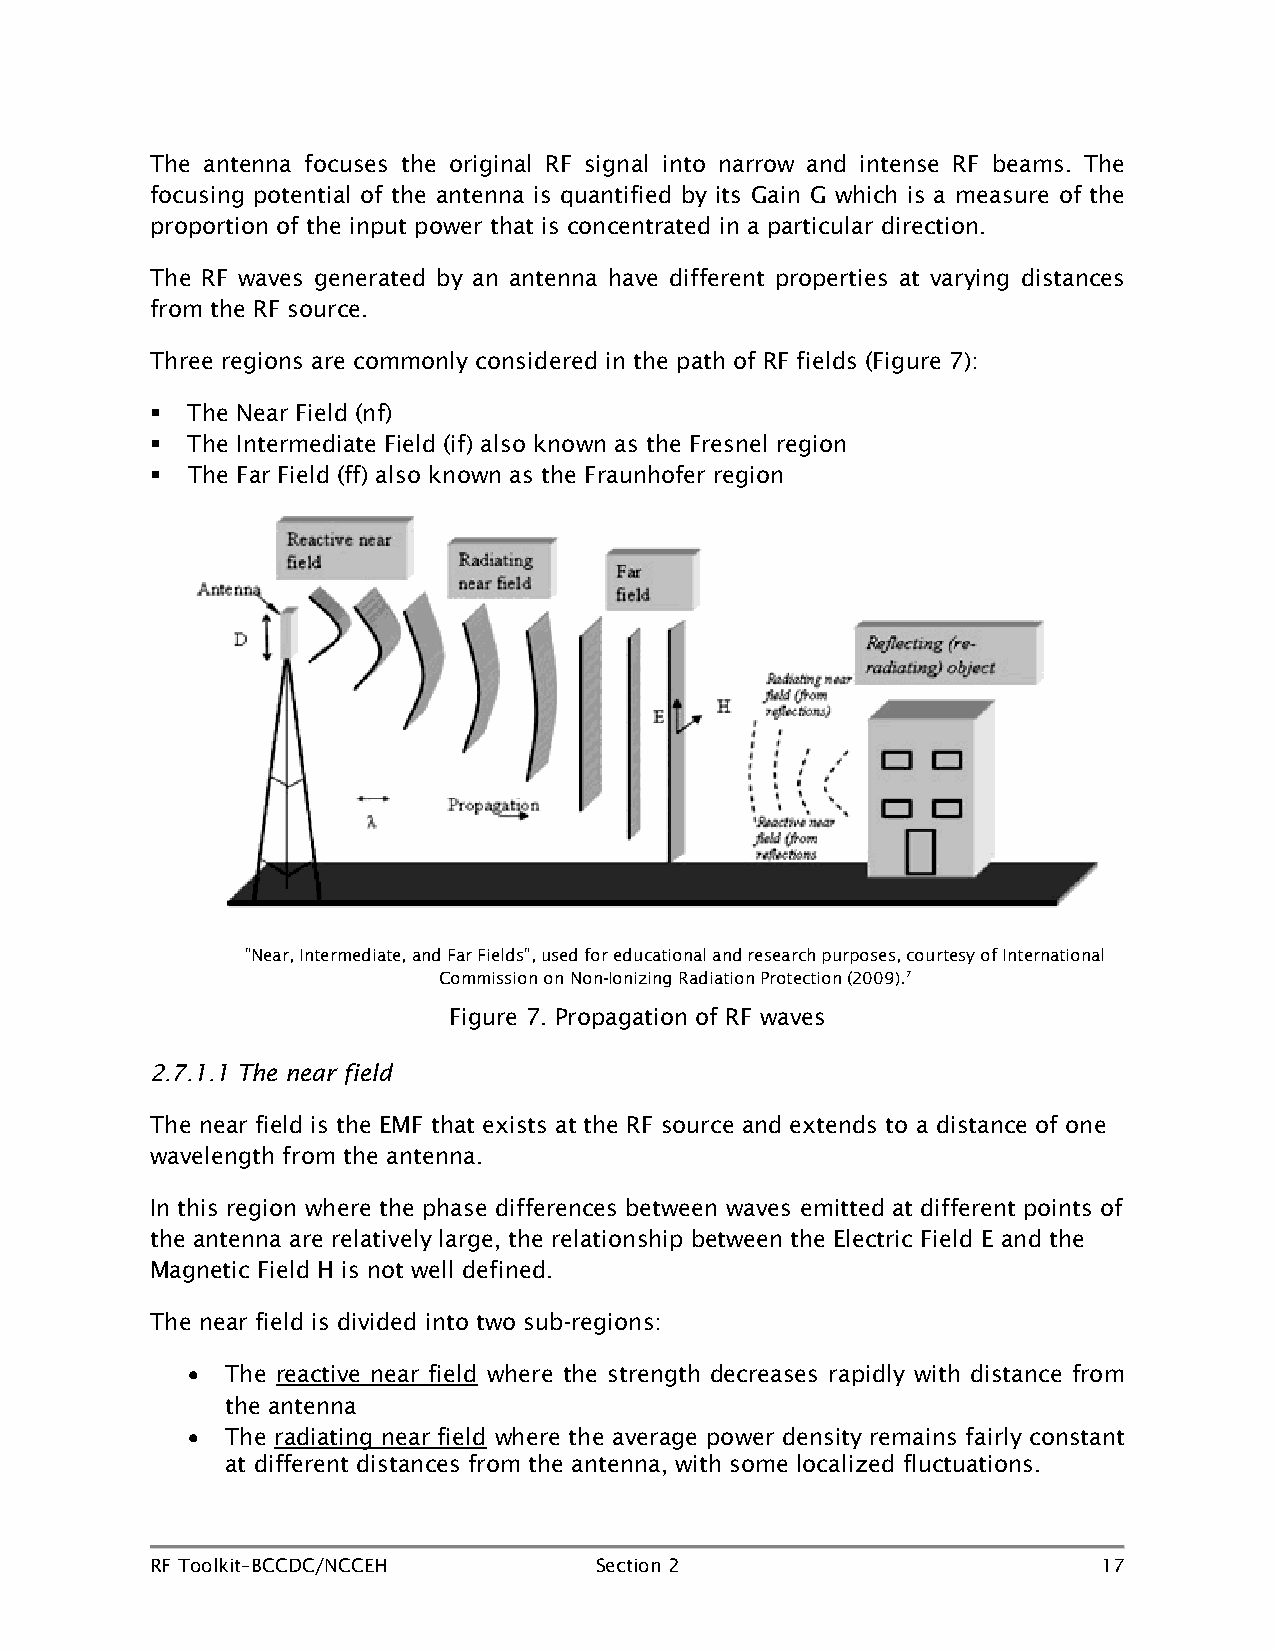
The antenna focuses the original RF signal into narrow and intense RF beams. The
 focusing potential of the antenna is quantified by its Gain G which is a measure of the
 proportion of the input power that is concentrated in a particular direction.
 The RF waves generated by an antenna have different properties at varying distances
 from the RF source.
 Three regions are commonly considered in the path of RF fields (Figure 7):
  The Near Field (nf)
  The Intermediate Field (if) also known as the Fresnel region
  The Far Field (ff) also known as the Fraunhofer region
 "Near, Intermediate, and Far Fields", used for educational and research purposes, courtesy of International
 Commission on Non-Ionizing Radiation Protection (2009).7
 Figure 7. Propagation of RF waves
 2.7.1.1 The near field
 The near field is the EMF that exists at the RF source and extends to a distance of one
 wavelength from the antenna.
 In this region where the phase differences between waves emitted at different points of
 the antenna are relatively large, the relationship between the Electric Field E and the
 Magnetic Field H is not well defined.
 The near field is divided into two sub-regions:
 •  The reactive near field where the strength decreases rapidly with distance from
 the antenna
 •  The radiating near field where the average power density remains fairly constant
 at different distances from the antenna, with some localized fluctuations.
 RF Toolkit–BCCDC/NCCEH       Section 2                         17